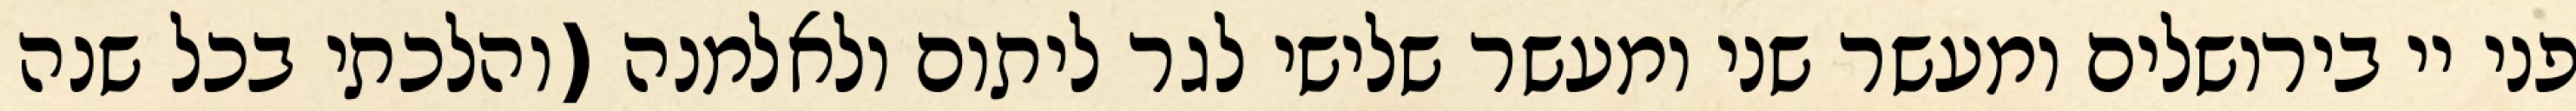
פני יי בירושלים ומעשר שני ומעשר שלישי לגר ליתום ולאלמנה (והלכתי בכל שנה